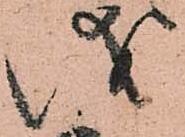
儀